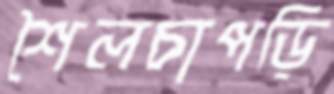
শৈলচাপড়ি